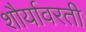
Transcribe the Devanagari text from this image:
शौर्यावरती